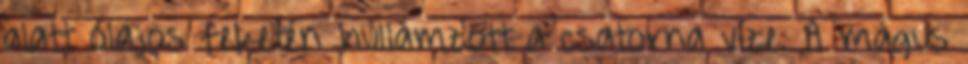
alatt olajos feketén hullámzott a csatorna vize. A mágus